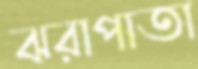
ঝরাপাতা